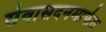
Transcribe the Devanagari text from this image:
सेवासदनमार्फत